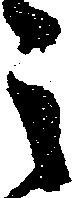
之